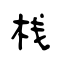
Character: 栈